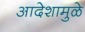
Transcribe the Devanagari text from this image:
आदेशामुळे